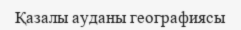
Қазалы ауданы географиясы